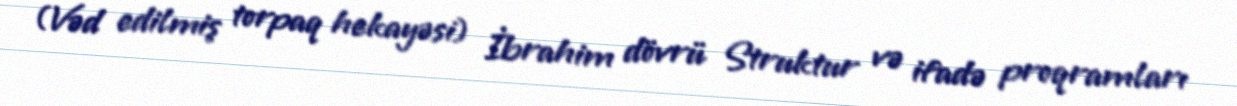
(Vəd edilmiş torpaq hekayəsi) İbrahim dövrü Struktur və ifadə proqramları